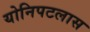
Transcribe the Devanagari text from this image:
योनिपटलास